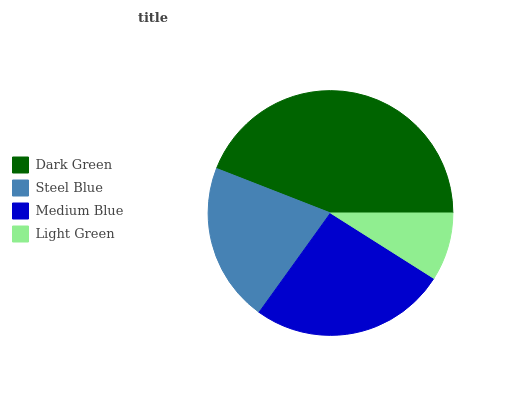
| Dark Green | Steel Blue | Medium Blue | Light Green |
 | --- | --- | --- | --- |
 | 44.1% | 21% | 25.9% | 8.98% |